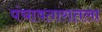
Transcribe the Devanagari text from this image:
पंचावतारातला